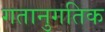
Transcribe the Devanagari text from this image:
गतानुगतिक